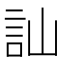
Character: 訕